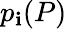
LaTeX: p_{\mathbf{i}}(P)